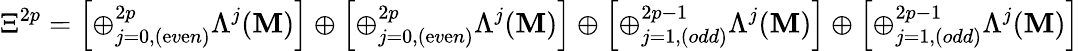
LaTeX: \Xi^{2p}=\left[\oplus_{j=0,(\mathrm{e}v\mathrm{e}n)}^{2p}\Lambda^{j}(\mathbf{M})\right]\oplus\left[\oplus_{j=0,(\mathrm{e}v\mathrm{e}n)}^{2p}\Lambda^{j}(\mathbf{M})\right]\oplus\left[\oplus_{j=1,(odd)}^{2p-1}\Lambda^{j}(\mathbf{M})\right]\oplus\left[\oplus_{j=1,(odd)}^{2p-1}\Lambda^{j}(\mathbf{M})\right]